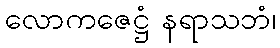
လောကဇေဋ္ဌံ နရာသဘံ၊